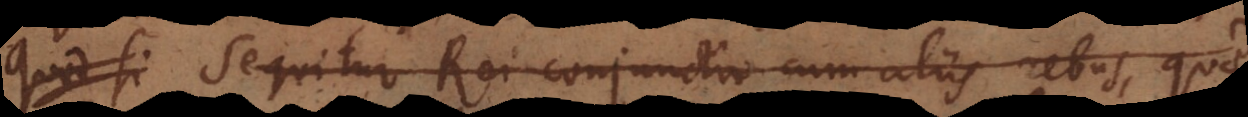
r. Sequitur Rei conjunctio cum aliis rebus, et